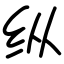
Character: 纵